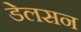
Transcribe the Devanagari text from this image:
डेलसन